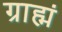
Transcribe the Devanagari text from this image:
ग्राह्मं